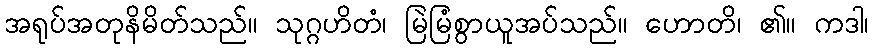
အရုပ်အတုနိမိတ်သည်။ သုဂ္ဂဟိတံ၊ မြဲမြံစွာယူအပ်သည်။ ဟောတိ၊ ၏။ ကဒါ၊